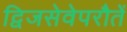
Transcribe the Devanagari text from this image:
द्विजसेवेपरौतें